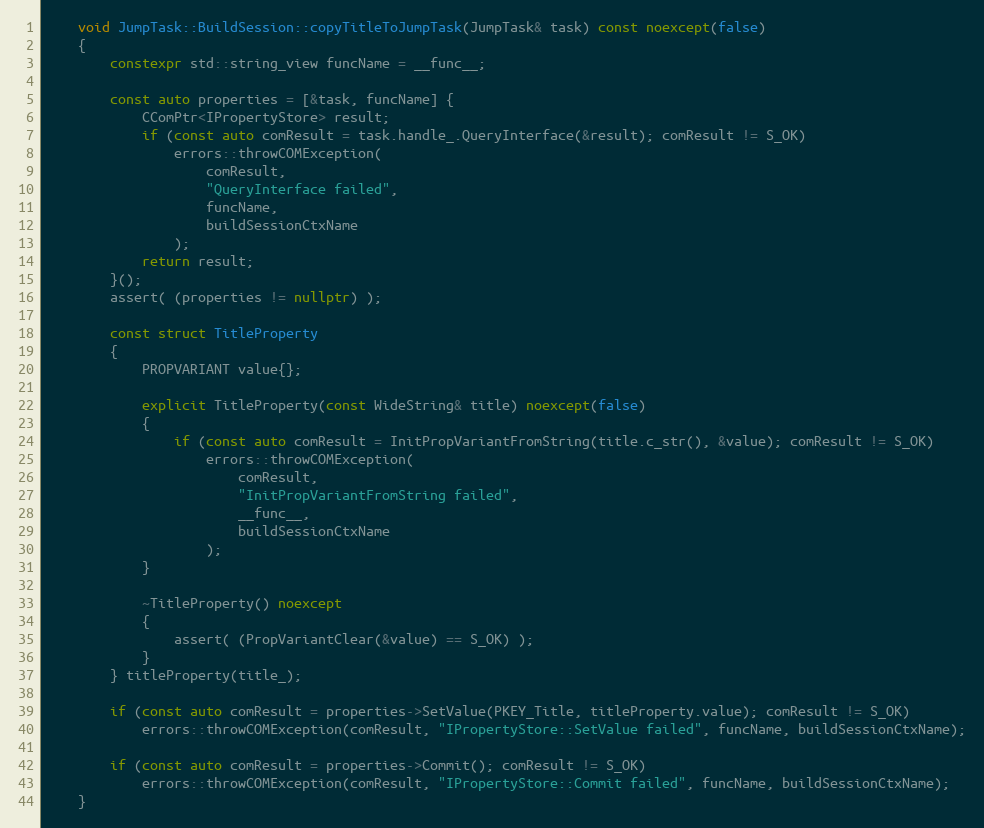
Language: C++
    void JumpTask::BuildSession::copyTitleToJumpTask(JumpTask& task) const noexcept(false)
    {
        constexpr std::string_view funcName = __func__;

        const auto properties = [&task, funcName] {
            CComPtr<IPropertyStore> result;
            if (const auto comResult = task.handle_.QueryInterface(&result); comResult != S_OK)
                errors::throwCOMException(
                    comResult,
                    "QueryInterface failed",
                    funcName,
                    buildSessionCtxName
                );
            return result;
        }();
        assert( (properties != nullptr) );

        const struct TitleProperty
        {
            PROPVARIANT value{};

            explicit TitleProperty(const WideString& title) noexcept(false)
            {
                if (const auto comResult = InitPropVariantFromString(title.c_str(), &value); comResult != S_OK)
                    errors::throwCOMException(
                        comResult,
                        "InitPropVariantFromString failed",
                        __func__,
                        buildSessionCtxName
                    );
            }

            ~TitleProperty() noexcept
            {
                assert( (PropVariantClear(&value) == S_OK) );
            }
        } titleProperty(title_);

        if (const auto comResult = properties->SetValue(PKEY_Title, titleProperty.value); comResult != S_OK)
            errors::throwCOMException(comResult, "IPropertyStore::SetValue failed", funcName, buildSessionCtxName);

        if (const auto comResult = properties->Commit(); comResult != S_OK)
            errors::throwCOMException(comResult, "IPropertyStore::Commit failed", funcName, buildSessionCtxName);
    }